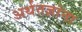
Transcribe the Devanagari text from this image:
अर्थतज्ञांना